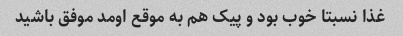
غذا نسبتا خوب بود و پیک هم به موقع اومد موفق باشید